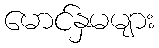
မောင်နှမများ